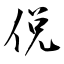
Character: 侻